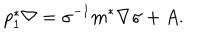
p _ { 1 } ^ { * } \nabla = \sigma ^ { - 1 } m ^ { * } \nabla \sigma + A .